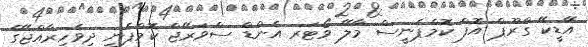
އޭޑީކޭ ގްރޫޕް އޮފް ކޮމްޕެނީސް މާލޭ ވޯޓަރ އެންޑް ސްވަރޭޖް ކޮމްޕެނީ ދިވެހިރާއްޖޭގެ